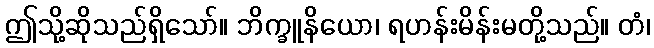
ဤသို့ဆိုသည်ရှိသော်။ ဘိက္ခူနိယော၊ ရဟန်းမိန်းမတို့သည်။ တံ၊